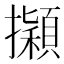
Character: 𢹃